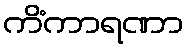
ကိံကာရဏာ